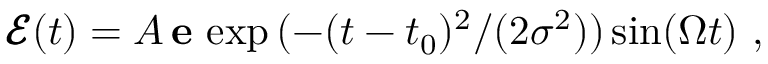
\pmb { \mathcal { E } } ( t ) = A \, \mathbf { e } \, \exp { ( - { ( t - t _ { 0 } ) ^ { 2 } } / ( { 2 \sigma ^ { 2 } } ) ) } \sin ( \Omega t ) \ ,